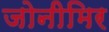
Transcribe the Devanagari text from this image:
जोनीमिर